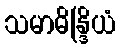
သမာဓိန္ဒြိယံ